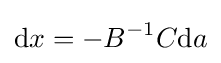
{\text{d}}x=-B^{-1}C{\text{d}}a